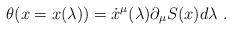
LaTeX: \begin{align*}\theta(x=x(\lambda))=\dot x^\mu(\lambda)\partial_\mu S(x) d\lambda\ .\end{align*}